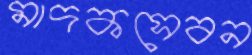
মাদকসেবন